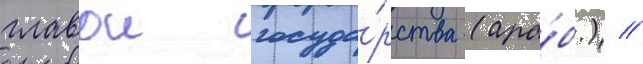
главои госуда́рства (ара́б.) //